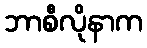
ဘာစီလိုနာက